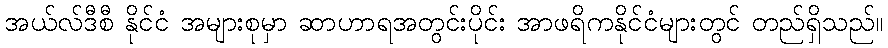
အယ်လ်ဒီစီ နိုင်ငံ အများစုမှာ ဆာဟာရအတွင်းပိုင်း အာဖရိကနိုင်ငံများတွင် တည်ရှိသည်။